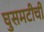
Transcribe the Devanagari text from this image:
घुसमटीची